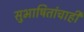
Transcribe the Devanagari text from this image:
सुभाषितांचाही